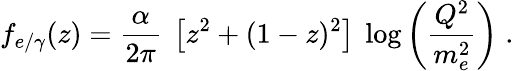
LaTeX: f_{e/\gamma}(z)=\frac{\alpha}{2\pi}~\left[z^{2}+(1-z)^{2}\right]~\log\left(\frac{Q^{2}}{m_{e}^{2}}\right)\; .